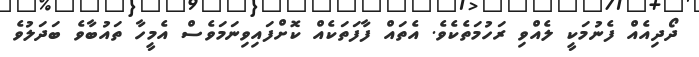
ދޯދިއެއް ފެނުމަކީ ލެއްވި ރަހުމަތެކެވެ. އެތައް ފާފަތަކެއް ކޮށްފައިވިނަމަވެސް އެމީހާ ތައުބާވެ ބަދަލުވެ